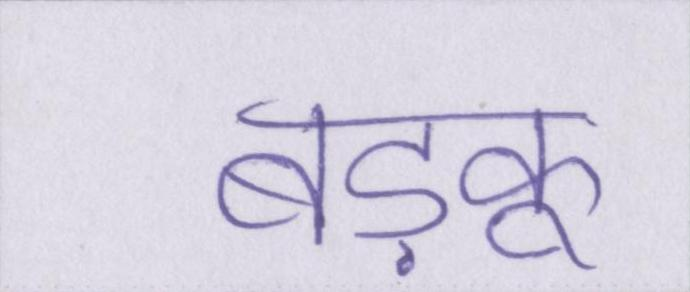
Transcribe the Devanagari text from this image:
बड़कू